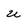
Character: U